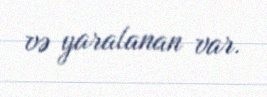
və yaralanan var.